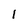
Character: l